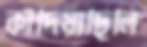
কাঁদিয়াছিলি